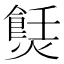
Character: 𤏼